Materia medica of Madras volume I
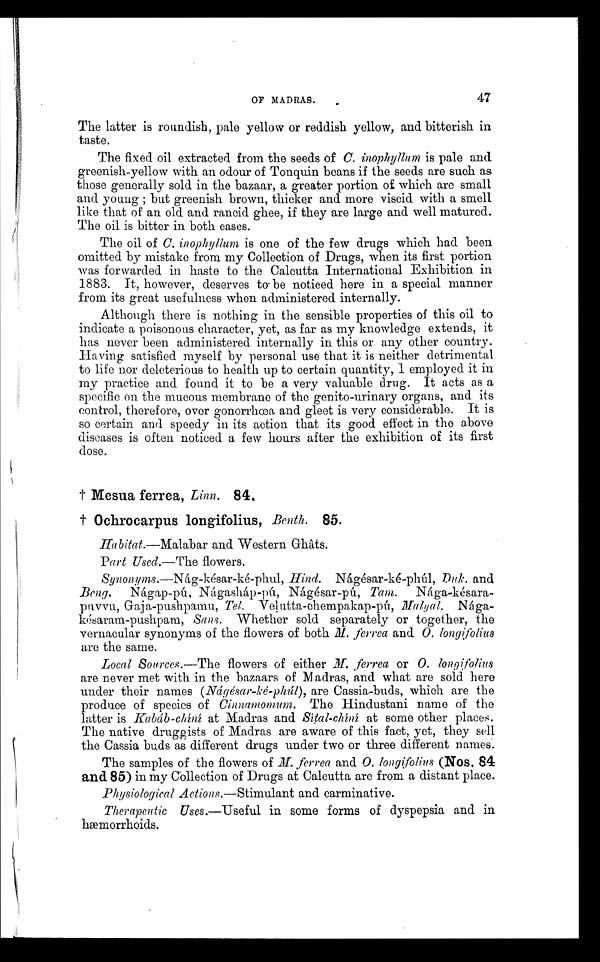
OF MADRAS.
47
The latter is roundish, pale yellow or reddish yellow, and bitterish in
taste.
The fixed oil extracted from the seeds of C. inophyllum is pale and
greenish-yellow with an odour of Tonquin beans if the seeds are such as
those generally sold in the bazaar, a greater portion of which are small
and young ; but greenish brown, thicker and more viscid with a smell
like that of an old and rancid ghee, if they are large and well matured.
The oil is bitter in both cases.
The oil of C. inophyllum is one of the few drugs which had been
omitted by mistake from my Collection of Drugs, when its first portion
was forwarded in haste to the Calcutta International Exhibition in
1883. It, however, deserves to-be noticed here in a special manner
from its great usefulness when administered internally.
Although there is nothing in the sensible properties of this oil to
indicate a poisonous character, yet, as far as my knowledge extends, it
has never been administered internally in this or any other country.
Having satisfied myself by personal use that it is neither detrimental
to life nor deleterious to health up to certain quantity, I employed it in
my practice and found it to be a very valuable drug. It acts as a
specific on the mucous membrane of the genito-urinary organs, and its
control, therefore, over gonorrhœa and gleet is very considerable. It is
so certain and speedy in its action that its good effect in the above
diseases is often noticed a few hours after the exhibition of its first
dose.
† Mesua ferrea, Linn. 84.
† Ochrocarpus longifolius, Benth. 85.
Ha bitat.—Malabar and Western Ghâts.
Part Used.—The flowers.
Synonyms.—Nág-Késar-ké-phul, Hind. Nágésar-ké-phúl, Duk. and
Beng. Nágap-pú, Nágasháp-pú, Nágésar-pú, Tam.
N á g a - k é s a r - p u v v u , G a j a - p u s h p a m u ,T
e l .
V e l u t t a - c h e m p a k a p - p ú ,
M a l y a l .
Nága-késaram-pushpam, Sans. Whether sold separately or together, the
vernacular synonyms of the flowers of both M. ferrea and. 0. longifolius
are the same.
Local Sources.—The flowers of either M. ferrea or 0. longifolius
are never met with in the bazaars of Madras, and what are sold here
under their names (Nágésar-Ké-phúl), are Cassia-buds, which are the
produce of species of Cinnamomum. The Hindustani name of the
latter is Kabáb-chíní at Madras and Sítal-chíní at some other places.
The native druggists of Madras are aware of this fact, yet, they sell
the Cassia buds as different drugs under two or three different names.
The samples of the flowers of M. ferrea and 0. longifolins (Nos. 84
and 85) in my Collection of Drugs at Calcutta are from a distant place.
Physiological Actions.—Stimulant and carminative.
Therapeutic Uses.—Useful in some forms of dyspepsia and in
hemorrhoids.